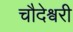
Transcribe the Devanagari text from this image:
चौदेश्वरी